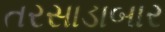
તરસાડાબાર